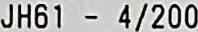
JH61 - 4/200